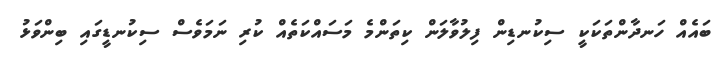
ބައެއް ހަނދާންތަކަކީ ސިކުނޑިން ފިލުވާލަން ކިތަންމެ މަސައްކަތެއް ކުރި ނަމަވެސް ސިކުނޑީގައި ބިންވަޅު